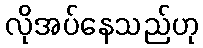
လိုအပ်နေသည်ဟု